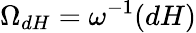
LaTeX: \Omega_{dH}=\omega^{-1}(dH)